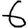
Digit: 6